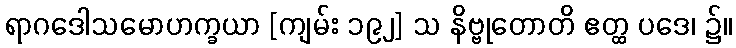
ရာဂဒေါသမောဟက္ခယာ [ကျမ်း ၁၉၂] သ နိဗ္ဗုတောတိ ဧတ္ထ ပဒေ၊ ၌။